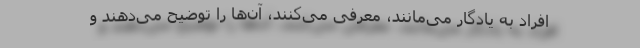
افراد به یادگار می‌مانند، معرفی می‌کنند، آن‌ها را توضیح می‌دهند و